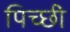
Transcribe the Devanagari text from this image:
पिच्छी